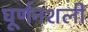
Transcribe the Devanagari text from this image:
घूर्णनशली